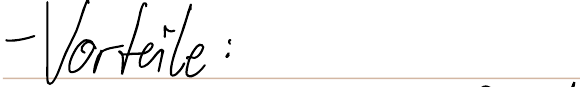
- Vorteile: